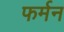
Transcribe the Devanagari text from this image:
फर्मन